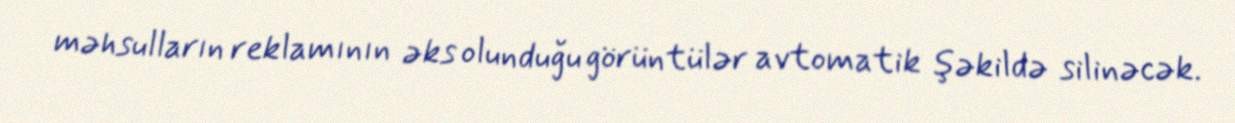
məhsulların reklamının əks olunduğu görüntülər avtomatik şəkildə silinəcək.